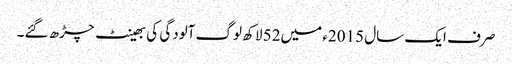
صرف ایک سال 2015ء میں52 لاکھ لوگ آلودگی کی بھینٹ چڑھ گئے۔